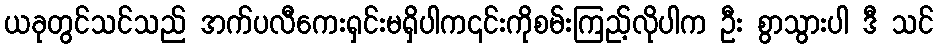
ယခုတွင်သင်သည် အက်ပလီကေးရှင်းမရှိပါက၎င်းကိုစမ်းကြည့်လိုပါက ဦး စွာသွားပါ ဒီ သင်